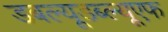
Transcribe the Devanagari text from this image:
डबल्यूडब्ल्यूएफ